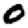
Digit: 0